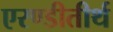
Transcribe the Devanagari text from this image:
एरण्डीतीर्थ